Vaccination in Bombay 1924-1928 - 1924-1928
Year: 1924
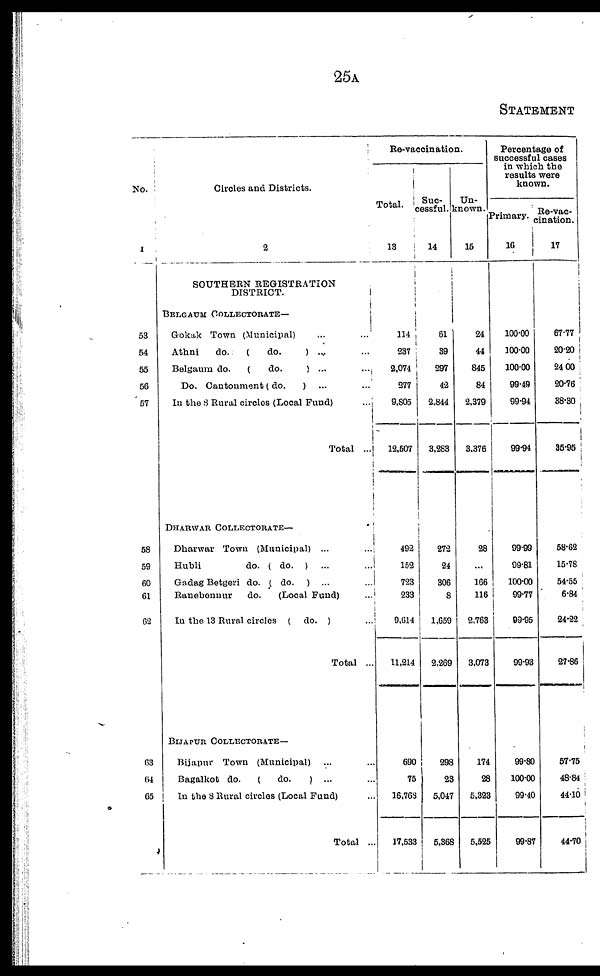
25A
STATEMENT
No.
1
53
54
55
56
57
58
59
60
61
62
63
64
65
Circles and Districts.
2
SOUTHERN REGISTRATION
DISTRICT.
BELGAUM COLLECTORATE—
Gokak Town (Municipal) ... ...
Athni
do.
(
do.
) ... ...
Belgaum do.
(
do.
) ...
...
Do. Cantonment ( do.
) ... ...
In the 8 Rural circles (Local Fund)
...
Total ...
DHARWAR COLLECTORATE—
Dharwar Town (Municipal) ... ...
Hubli
do. ( do. ) ... ...
Gadag Betgeri do. ( do. ) ... ...
Ranebennur
do.
(Local Fund) ... ...
In the 13 Rural circles ( do. ) ...
Total ...
BIJAPUR COLLECTORATE—
Bijapur Town (Municipal) ... ...
Bagalkot do.
(
do.
) ... ...
In the 8 Rural circles (Local Fund) ...
Total ...
Re-vaccination.
Total.
13
314
237
2,074
277
9,805
12,507
492
152
723
233
9,614
11,214
690
75
16,763
17,533
Suc-
cessful.
14
61
39
297
42
2,844
3,283
272
24
306
8
1,659
2,269
298
23
5,047
5,368
Un-
known.
15
24
44
845
84
2,379
3,376
28
...
166
116
2,763
3,073
174
28
5,323
5,525
Percentage of
successful cases
in which the
results were
known.
Primary.
16
100.00
100.00
100.00
99.49
99.94
99.94
99.99
99.81
100.00
99.77
99.95
99.93
99.80
100.00
99.40
99.87
Re-vac-
cination.
17
67.77
20.20
24.00
20.76
38.30
35.95
58.62
15.78
54.55
6.84
24.22
27.86
57.75
48.84
44.10
44.70